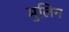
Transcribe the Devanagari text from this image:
मुलिन